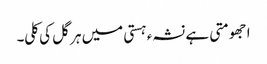
ا جھومتی ہے نشہء ہستی میں ہر گل کی کلی۔